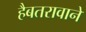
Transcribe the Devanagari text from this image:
हैबतरावाने